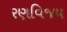
રણવિજય